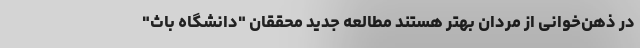
در ذهن‌خوانی از مردان بهتر هستند مطالعه جدید محققان "دانشگاه باث"